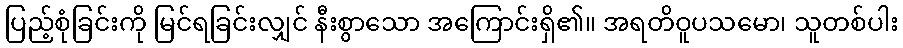
ပြည့်စုံခြင်းကို မြင်ရခြင်းလျှင် နီးစွာသော အကြောင်းရှိ၏။ အရတိဝူပသမော၊ သူတစ်ပါး